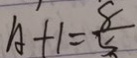
A + 1 = \frac { 8 } { 5 }